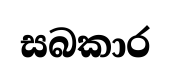
සබකාර